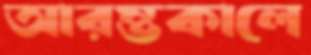
আরম্ভকালে